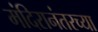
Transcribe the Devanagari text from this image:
मंदिरानंतरच्या